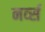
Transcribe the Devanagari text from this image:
नर्व्स